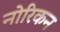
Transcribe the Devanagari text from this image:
नोरिकन